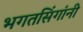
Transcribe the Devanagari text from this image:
भगतसिंगांनी